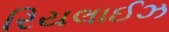
રિયલાઈઝ